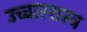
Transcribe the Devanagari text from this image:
उच्चारशस्त्र